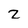
Character: z